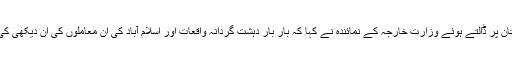
ڈائیلاگ کے عمل کو سبوتاژ کرنے کا ملبہ پاکستان پر ڈالتے ہوئے وزارت خارجہ کے نمائندہ نے کہا کہ بار بار دہشت گردانہ واقعات اور اسلام آباد کی ان معاملوں کی ان دیکھی کی وجہ سے بات چیت کا عمل تعطل کا شکار ہے۔